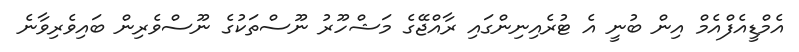
އެމްޑީއެފްއެމް އިން ބުނީ އެ ޓުރެއިނިންގައި ރާއްޖޭގެ މަޝްހޫރު ނޫސްތަކުގެ ނޫސްވެރިން ބައިވެރިވާނެ